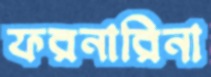
ফরনারিনা